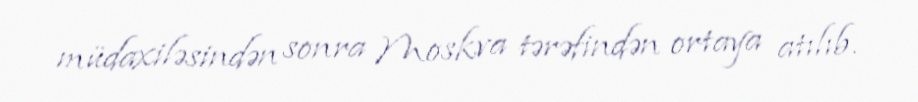
müdaxiləsindən sonra Moskva tərəfindən ortaya atılıb.